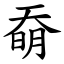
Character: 奣